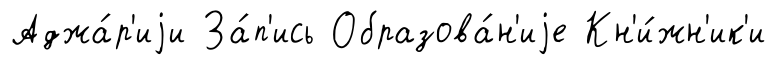
Аджа́р'иjи За́п'ись Образова́н'иjе Кн'и́жн'ик'и